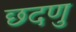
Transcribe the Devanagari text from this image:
छदणु